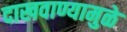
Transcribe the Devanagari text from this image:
दाखवाण्यामुळे